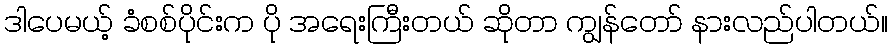
ဒါပေမယ့် ခံစစ်ပိုင်းက ပို အရေးကြီးတယ် ဆိုတာ ကျွန်တော် နားလည်ပါတယ်။